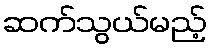
ဆက်သွယ်မည့်